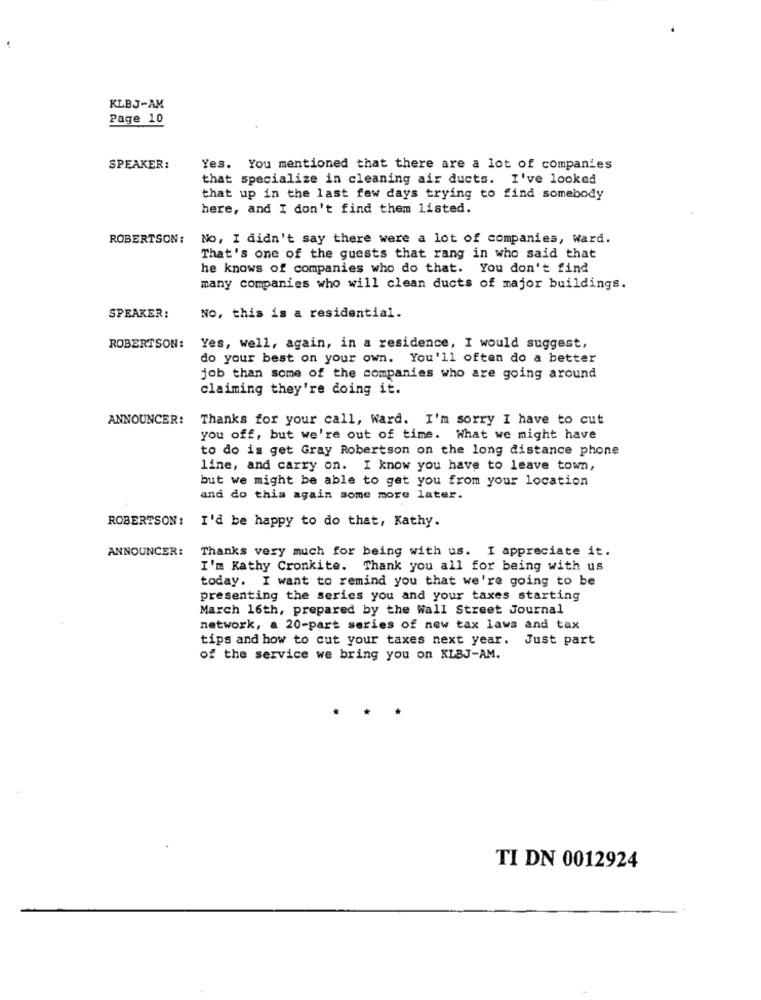
KLBJ-AM
Page 10
SPEAKER:
Yes. You mentioned that there are a lot of companies
that specialize in cleaning air ducts. I've looked
that up in the last few days trying to find somebody
here, and I don't find them listed.
ROBERTSON :
No, I didn't say there were a lot of companies, Ward.
That's one of the guests that rang in who said that
he knows of companies who do that. You don't find
many companies who will clean ducts of major buildings.
SPEAKER:
No, this is a residential.
ROBERTSON:
Yes, well, again, in a residence, I would suggest,
do your best on your own. You'll often do a better
job than some of the companies who are going around
claiming they're doing it.
ANNOUNCER:
Thanks for your call, Ward. I'm sorry I have to cut
you off, but we're out of time. What we might have
to do is get Gray Robertson on the long distance phone
line, and carry on. I know you have to leave town,
but we might be able to get you from your location
and do this again some more later.
ROBERTSON: I'd be happy to do that, Kathy.
ANNOUNCER:
Thanks very much for being with us. I appreciate it.
I'm Kathy Cronkite. Thank you all for being with us
today. I want to remind you that we're going to be
presenting the series you and your taxes starting
March 16th, prepared by the wall Street Journal
network, a 20-part series of new tax laws and tax
tips and how to cut your taxes next year. Just part
of the service we bring you on KLBJ-AM.
TI DN 0012924